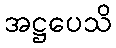
အဋ္ဌပေသိ